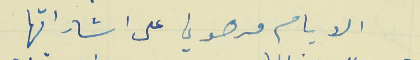
الايام مرهوني على اشاراتها